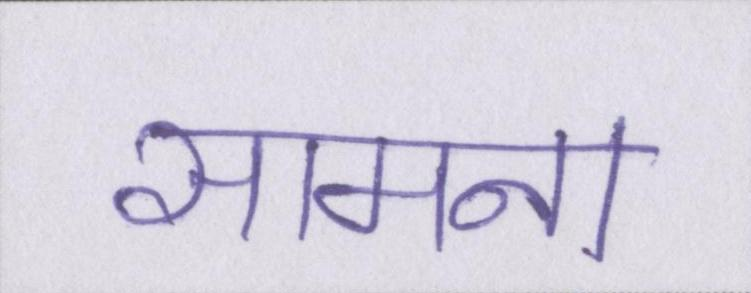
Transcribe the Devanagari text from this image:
सामना